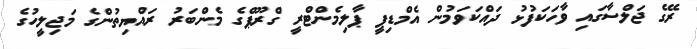
ރޭގެ ޖަލްސާގައި ވާހަކަފުޅު ދައްކަވަމުން އެމްޑިޕީ ޕާލިމެންޓްރީ ގްރޫޕްގެ މެންބަރު ރައްޔިތުންގެ މަޖިލީހުގެ